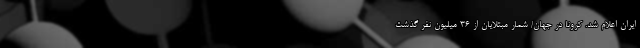
ایران اعلام شد. کرونا در جهان/ شمار مبتلایان از ۳۶ میلیون نفر گذشت